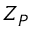
Z _ { P }